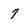
Character: 7